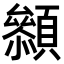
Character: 𩕞